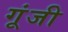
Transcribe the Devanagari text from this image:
गूंजी